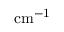
\mathrm { c m ^ { - 1 } }